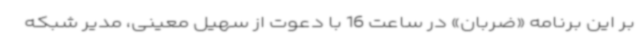
بر این برنامه «ضربان» در ساعت 16 با دعوت از سهیل معینی، مدیر شبکه